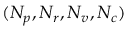
( N _ { p } , N _ { r } , N _ { v } , N _ { c } )